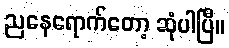
ညနေရောက်တော့ ဆုံပါပြီ။